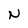
Character: N